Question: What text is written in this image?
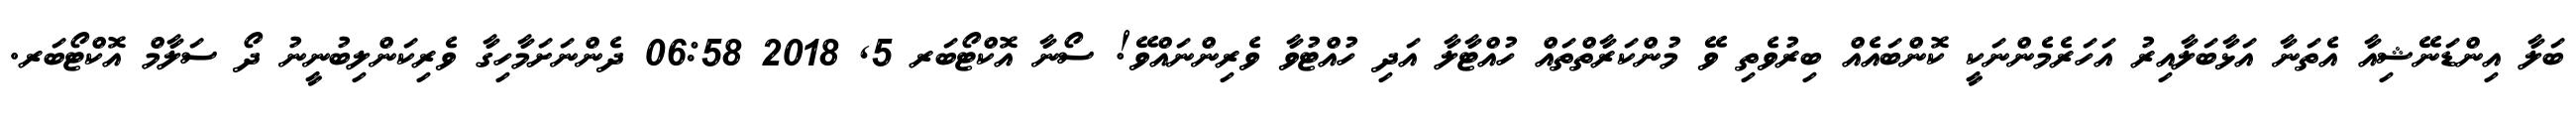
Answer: ބަލާ އިންޑަނޭޝިއާ އެތަނާ އަޅާބަލާއިރު އަހަރެމެންނަކީ ކޮންބައެއް ބިރުވެތި ވޭ މުންކަރާތްތައް ހުއްޓާލާ އަދި ހުއްޓުވާ ވެރިންނައްވޭ! ސޯނާ އޮކްޓޯބަރ 5, 2018 06:58 ދެންނަށަމާހިގާ ވެރިކަންލިބުނީނު ދޯ ސަލާމް އޮކްޓޯބަރ.